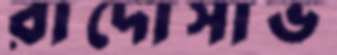
রাদোসাভ